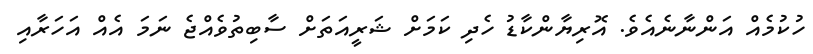
ހުކުމެއް އަންނާނެއެވެ. އޮރިޔާންކާޑު ހެދި ކަމަށް ޝަރީއަތަށް ސާބިތުވެއްޖެ ނަމަ އެއް އަހަރާއި